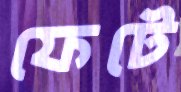
ফেটে